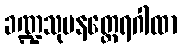
ခဏ္ဍသုမနတ္ထေရဂါထာ